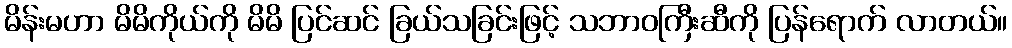
မိန်းမဟာ မိမိကိုယ်ကို မိမိ ပြင်ဆင် ခြယ်သခြင်းဖြင့် သဘာဝကြီးဆီကို ပြန်ရောက် လာတယ်။